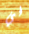
في